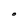
Character: O